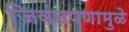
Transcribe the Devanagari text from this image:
जिवंतपणामुळे